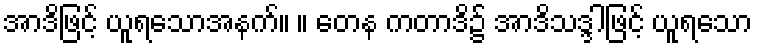
အာဒိဖြင့် ယူရသောအနက်။ ။ တေန ကတာဒိ၌ အာဒိသဒ္ဒါဖြင့် ယူရသော